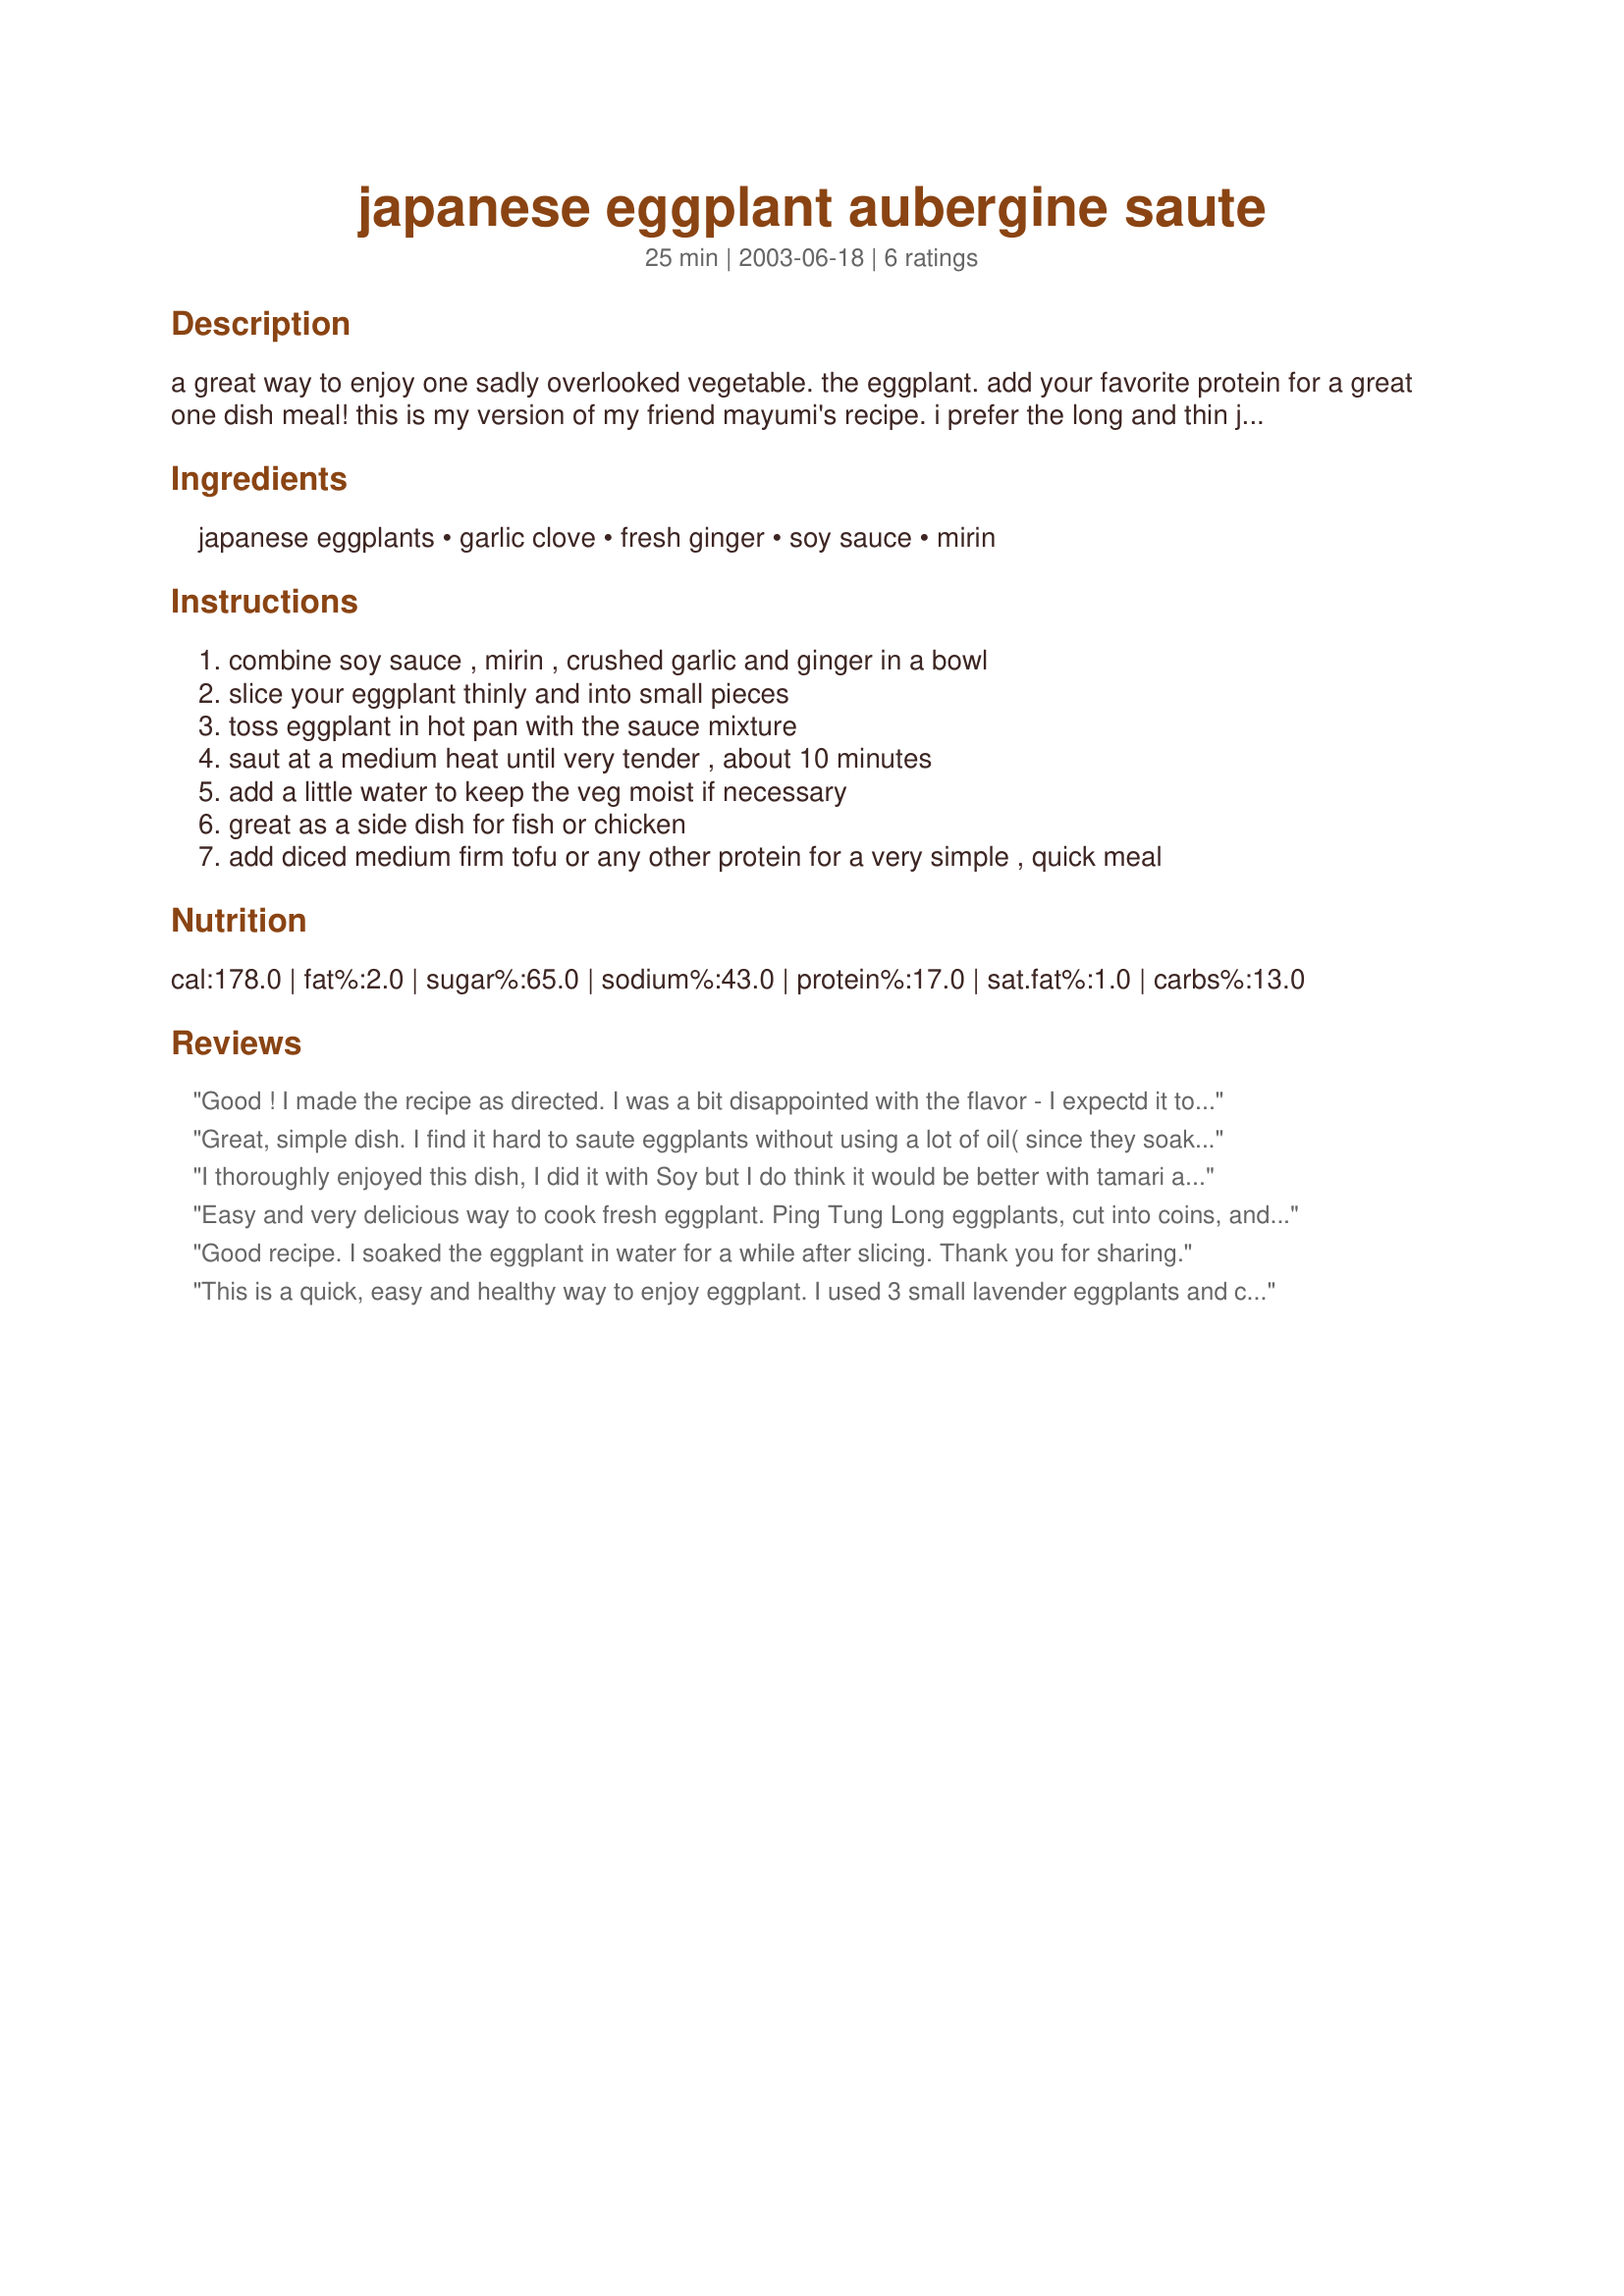
japanese eggplant aubergine saute
Preparation time: 25 minutes

a great way to enjoy one sadly overlooked vegetable. the eggplant. add your favorite protein for a great one dish meal! this is my version of my friend mayumi's recipe. i prefer the long and thin japanese or chinese eggplant. they taste less acidic.

Ingredients:
japanese eggplants, garlic clove, fresh ginger, soy sauce, mirin

Steps:
combine soy sauce , mirin , crushed garlic and ginger in a bowl, slice your eggplant thinly and into small pieces, toss eggplant in hot pan with the sauce mixture, saut at a medium heat until very tender , about 10 minutes, add a little water to keep the veg moist if necessary, great as a side dish for fish or chicken, add diced medium firm tofu or any other protein for a very simple , quick meal

Reviews:
Good ! I made the recipe as directed. I was a bit disappointed with the flavor - I expectd it to be sweeter.
Great, simple dish. I find it hard to saute eggplants without using a lot of oil( since they soak it up easily).But the addition of a little water did the trick. It is now a rather healthy,low-fat dish! Thanks! ( and i reduced the soy sauce too!)
I thoroughly enjoyed this dish, I did it with Soy but I do think it would be better with tamari as it would not be quite as salty. It is so easy to do and it is something I will do again but with tamari.
Easy and very delicious way to cook fresh eggplant. Ping Tung Long eggplants, cut into coins, and soaked in the sauce for about 5 minutes before cooking. Great flavor.
Good recipe. I soaked the eggplant in water for a while after slicing. Thank you for sharing.
This is a quick, easy and healthy way to enjoy eggplant. I used 3 small lavender eggplants and cut them into cubes. The flavor was very good, but I think next time I would add some Chinese five-spice powder. Thanx for posting!
